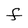
Character: F